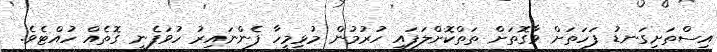
އިސްތަށިގަނޑު ފަހަތަށް ވާގޮތަށް ތަތްކޮށްލަފައި ހުރުމުން މުޅިމީހާ ފެންނައިރު ހުވަފެނީ ގޮތެއް ހުއްޓެވެ.